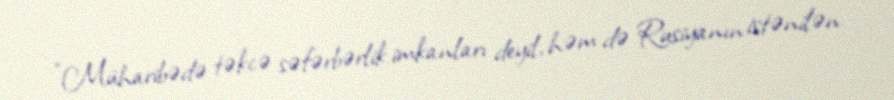
"Müharibədə təkcə səfərbərlik imkanları deyil, həm də Rusiyanın istənilən